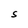
Character: S